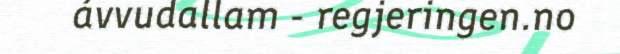
ávvudallam - regjeringen.no